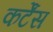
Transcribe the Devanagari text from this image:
कर्टेंस